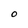
Character: O